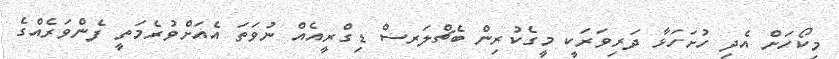
މިކޯހަށް އެދި ހުށަހަޅާ ދަރިވަރަކީ މީގެކުރިން ބެޗްލަރސް ޑިގްރީއެއް ނުވަތަ އެއަށްވުރެމަތީ ފެންވަރެއްގެ